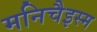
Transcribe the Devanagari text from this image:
मनिचैइस्म